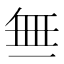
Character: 𬻝